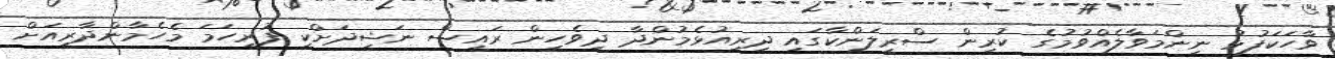
ވާހަކަފުޅު ނިންމަވާލެއްވުމުގެ ކުރިން ސްރީލަންކާގައި ދިރިއުޅެމުންދާ ދިވެހީން ރައީސް ނަޝީދަށްކީ ފުރިހަމަ މެހެމާންދާރީއަށް